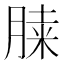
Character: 𦜔